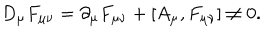
LaTeX: D _ { \mu } F _ { \mu \nu } = \partial _ { \mu } F _ { \mu \nu } + [ A _ { \mu } , F _ { \mu \nu } ] \neq 0 .